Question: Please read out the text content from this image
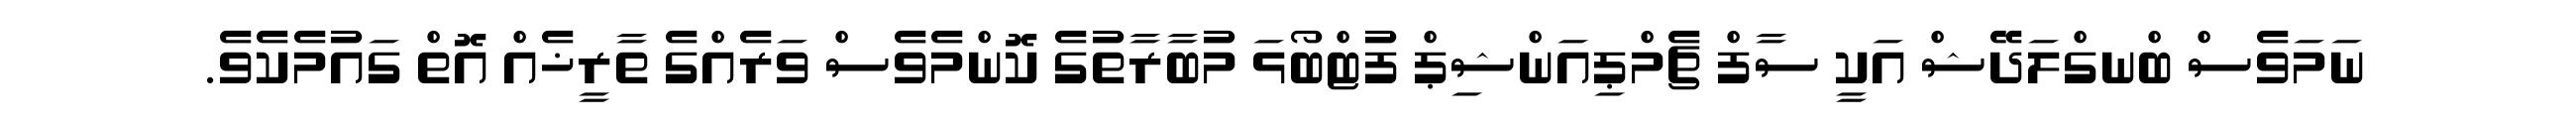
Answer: ނަމަވެސް ބްނގްލަދޭޝް އަކީ ސާފް ޗެމްޕިއަންޝިޕް ފުޓްބޯޅަ މުބާރާތުގެ ކޮންމެވެސް ވަރެއްގެ ތާރީޚެއް އޮތް ގައުމެކެވެ.